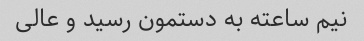
نیم ساعته به دستمون رسید و عالی